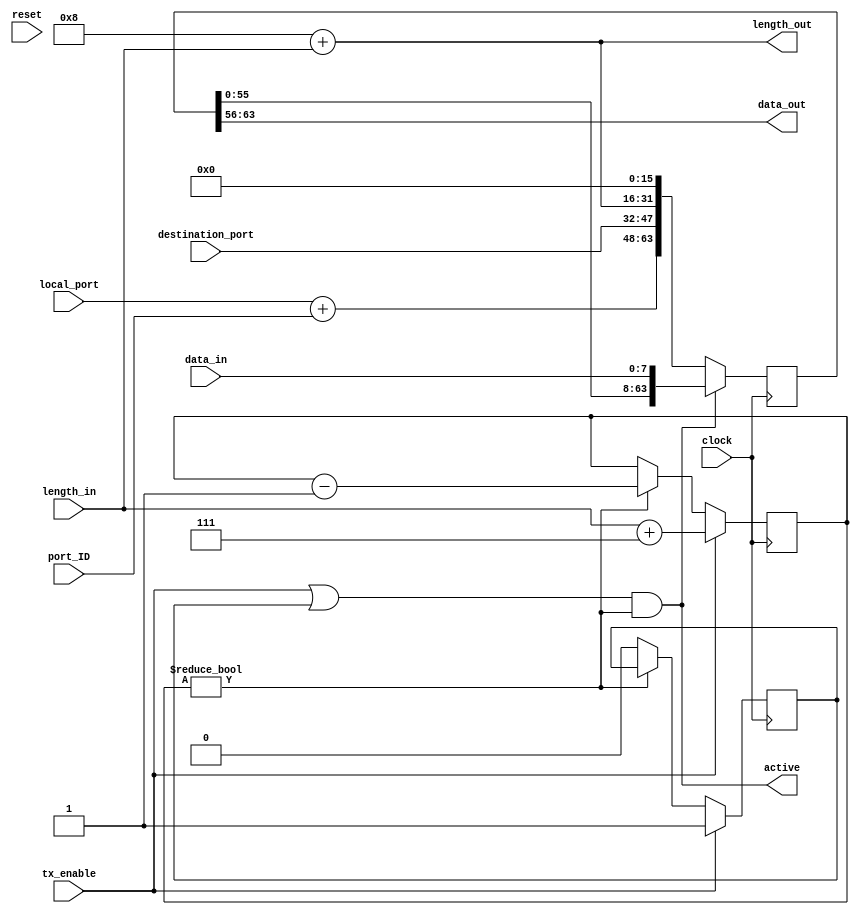
//
//  HPSDR - High Performance Software Defined Radio
//
//  Metis code.
//
//  This program is free software; you can redistribute it and/or modify
//  it under the terms of the GNU General Public License as published by
//  the Free Software Foundation; either version 2 of the License, or
//  (at your option) any later version.
//
//  This program is distributed in the hope that it will be useful,
//  but WITHOUT ANY WARRANTY; without even the implied warranty of
//  MERCHANTABILITY or FITNESS FOR A PARTICULAR PURPOSE.  See the
//  GNU General Public License for more details.
//
//  You should have received a copy of the GNU General Public License
//  along with this program; if not, write to the Free Software
//  Foundation, Inc., 59 Temple Place, Suite 330, Boston, MA  02111-1307  USA


//  Metis code copyright 2010, 2011, 2012, 2013 Phil Harman VK6APH, Alex Shovkoplyas, VE3NEA.


module udp_send (
  input reset,
  input clock,
  input tx_enable,
  input [7:0] data_in,
  input [15:0] length_in,
  input [15:0] local_port,
  input [15:0] destination_port,
  input [7:0] port_ID,				// determines offset from port base address of 1024
 // input [47:0] remote_mac,
 // input [31:0] remote_ip,
  output active,
  output [7:0] data_out,
  output [15:0] length_out
 // output reg [47:0] destination_mac,
//  output reg [31:0] destination_ip
  );


//udp header
localparam HDR_LEN = 16'd8;
localparam HI_BIT = HDR_LEN * 8 - 1;
assign length_out = HDR_LEN + length_in;
wire [15:0] checksum = 16'b0;						// no checksum needed with IP4
wire [HI_BIT:0] tx_bits = {(local_port + {8'd0,port_ID}), destination_port, length_out, checksum};

//shift reg
reg [HI_BIT:0] shift_reg;
assign data_out = shift_reg[HI_BIT -: 8];
reg [15:0] byte_no;

//state machine
localparam false = 1'b0, true = 1'b1;
reg sending = false;

always @(posedge clock)
  begin
  //tx data
  if (active) begin
	//	destination_mac <= remote_mac;
	//	destination_ip  <= remote_ip;
		shift_reg <= {shift_reg[HI_BIT-8:0], data_in};
  end
  else shift_reg <= tx_bits;
  //send while payload is coming
  if (tx_enable) begin
    byte_no <= length_in + 16'd7; //length_out -16'd1;
    sending <= true; end
  //purge shift register
  else if (byte_no != 0) byte_no <= byte_no - 15'd1;
  //done
  else sending <= false;
  end


assign active = (tx_enable | sending) && (byte_no != 0) ;  //last term prevents one too many bytes being sent



endmodule